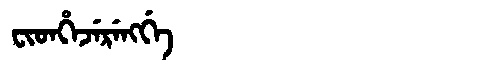
Manchu: ᠸᡳᡨᡥᡝᠵᡝᡵᡝᠩᡤᡝ
Romanization: FITHEJERENGGE